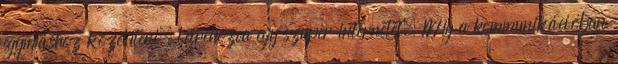
egymáshoz közelíteni, létrehozva egy szuper internetet. Míg a kommunikációban